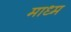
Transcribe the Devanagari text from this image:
माध्म